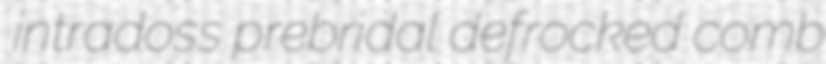
intradoss prebridal defrocked comb